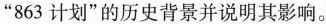
”863计划”的历史背景并说明其影响。